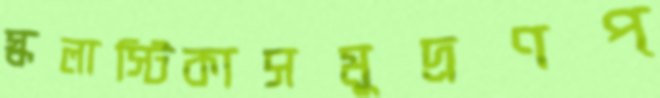
স্কলাস্টিকাসমুদ্রণপ্